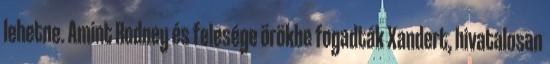
lehetne. Amint Rodney és felesége örökbe fogadták Xandert, hivatalosan